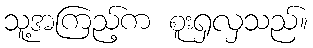
သူ့အကြည့်က စူးရှလှသည်။